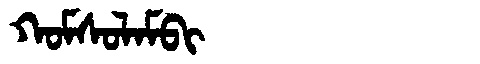
Manchu: ᡴᠣᠮᠰᠣᠯᠠᠮᠪᡳ
Romanization: KOMSOLAMBI